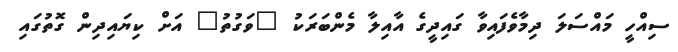
ސިއްހީ މައްސަލަ ދިމާވެފައިވާ ގައިދީގެ އާއިލާ މެންބަރަކު "ވަގުތު" އަށް ކިޔައިދިން ގޮތުގައި